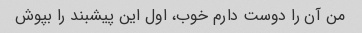
من آن را دوست دارم خوب، اول این پیشبند را بپوش